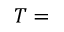
T =